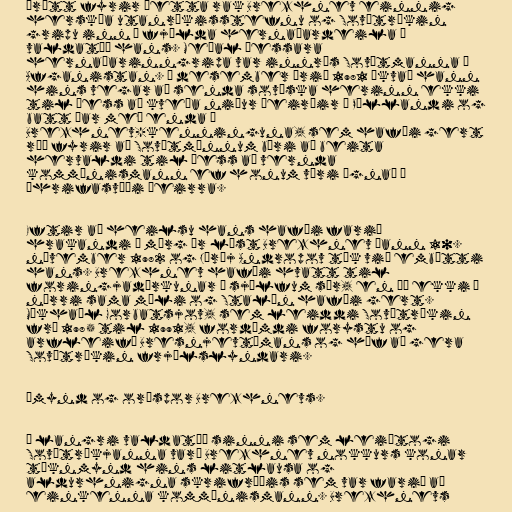
Þrátt fyrir þetta rak Brezhnev einnig
herskáa utanríkisstefnu og Sovétríkin
gripu inn í fjölda hernaðardeila á
valdatíð hans. Meðal þessara
hernaðarinngripa var innrás Sovétmanna í
Afganistan. Í desember árið 1981 ákvað hann
hins vegar að senda sovéska herinn ekki
til þess að kveða niður óeirðir í Póllandi og
batt þar með enda á
Brezhnev-kenninguna, sem hafði gert
ráð fyrir að Sovétmönnum bæri að beita
hervaldi til þess að vernda
kommúnismann ef honum væri ógnað á
áhrifasvæði þeirra.

Eftir að heilsu hans hafði farið
hrakandi í mörg ár lést Brezhnev þann 10.
nóvember 1982 og Júríj Andropov tók við embætti
hans. Brezhnev hafði hvatt til
foringjadýrkunar á sjálfum sér, en þó ekki í
nærri sama mæli og Stalín hafði gert.
Míkhaíl Gorbatsjov, sem leiddi Sovétríkin
frá 1985 til 1991, fordæmdi forystu og
arfleifð Bresnjevtímans og hóf að gera
Sovétríkin frjálslyndari.

Ímynd og orðspor Brezhnevs.

Á langri valdatíð sinni sem leiðtogi
Sovétríkjanna varð Brezhnev nokkurs konar
táknmynd hins litlausa og
aldurhnigna skrifræðis sem var farið að
einkenna kommúnismann. Brezhnevs